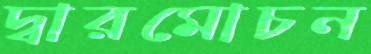
দ্বারমোচন